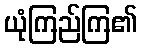
ယုံကြည်ကြ၏